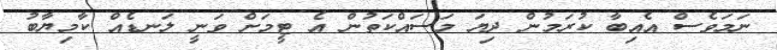
ނަމަވެސް އެއިބާ ކުރަމުން ދިޔަ މަސައްކަތުން އެ ޓީމަށް ވަނީ ލަނޑެއް ކާމިޔާބު